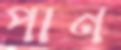
পান